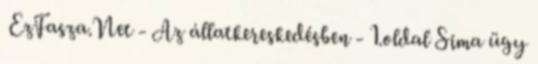
EzFasza.Net - Az állatkereskedésben - 1.oldal Sima ügy